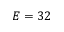
E = 3 2